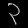
Digit: ၃